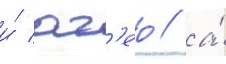
и́ аг'ео / а́